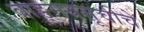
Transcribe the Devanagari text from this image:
वाङ्मयसूचीचे